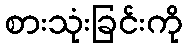
စားသုံးခြင်းကို